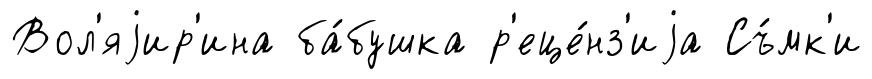
Вол'яjир'ина ба́бушка р'еце́нз'иjа Съ́мк'и